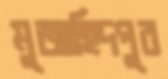
মুজাহিদপুর